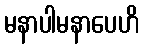
မနာပါမနာပေဟိ